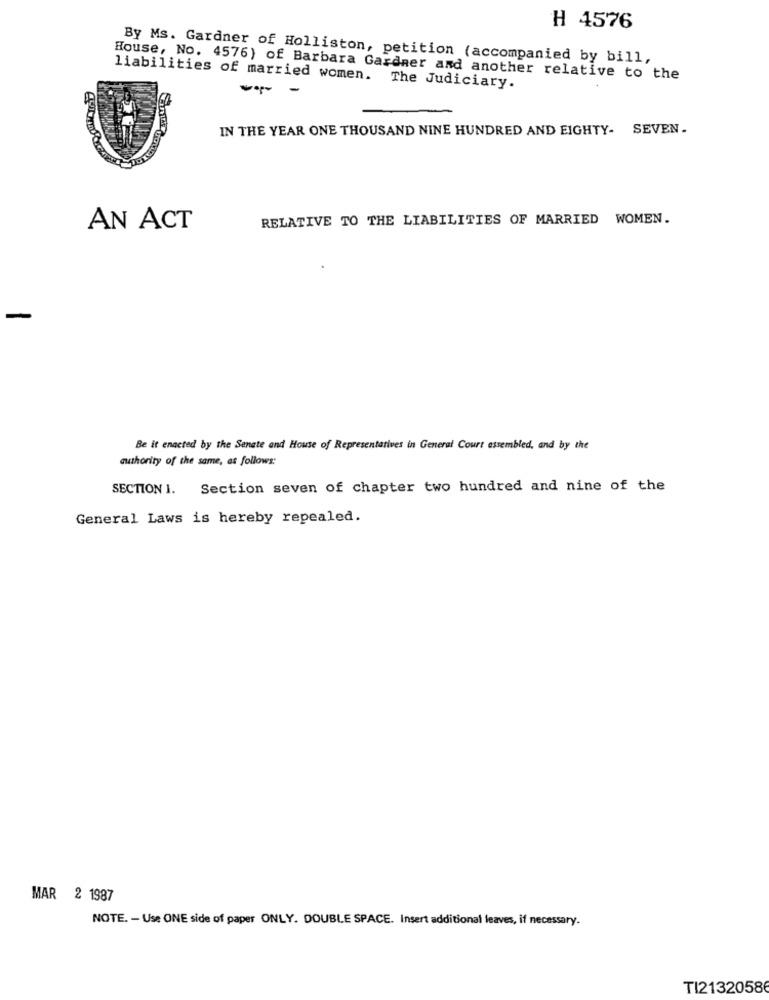
H 4576
By Ms. Gardner of Holliston, petition (accompanied by bill,
House, No. 4576) of Barbara Gardner and another relative to the
liabilities of married women. The Judiciary.
--
IN THE YEAR ONE THOUSAND NINE HUNDRED AND EIGHTY- SEVEN.
RELATIVE TO THE LIABILITIES OF MARRIED WOMEN.
AN ACT
Be it enacted by the Senate and House of Representatives in General Court assembled, and by the
authority of the same, as follows:
SECTION 1.
Section seven of chapter two hundred and nine of the
General Laws is hereby repealed.
MAR 2 1987
NOTE. - Use ONE side of paper ONLY. DOUBLE SPACE. Insert additional leaves, if necessary.
TI2132058